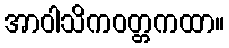
အာဝါသိကဝတ္တကထာ။